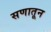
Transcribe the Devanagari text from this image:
सणातून